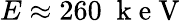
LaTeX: E\approx 260\; \mathrm{~k~e~V~}